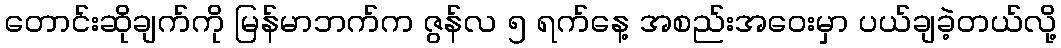
တောင်းဆိုချက်ကို မြန်မာဘက်က ဇွန်လ ၅ ရက်နေ့ အစည်းအဝေးမှာ ပယ်ချခဲ့တယ်လို့